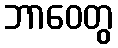
ဘာဝေတွ